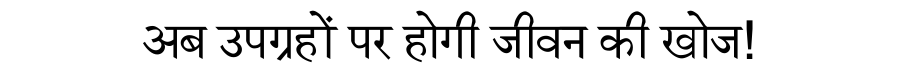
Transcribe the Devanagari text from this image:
अब उपग्रहों पर होगी जीवन की खोज!